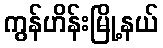
ကွန်ဟိန်းမြို့နယ်